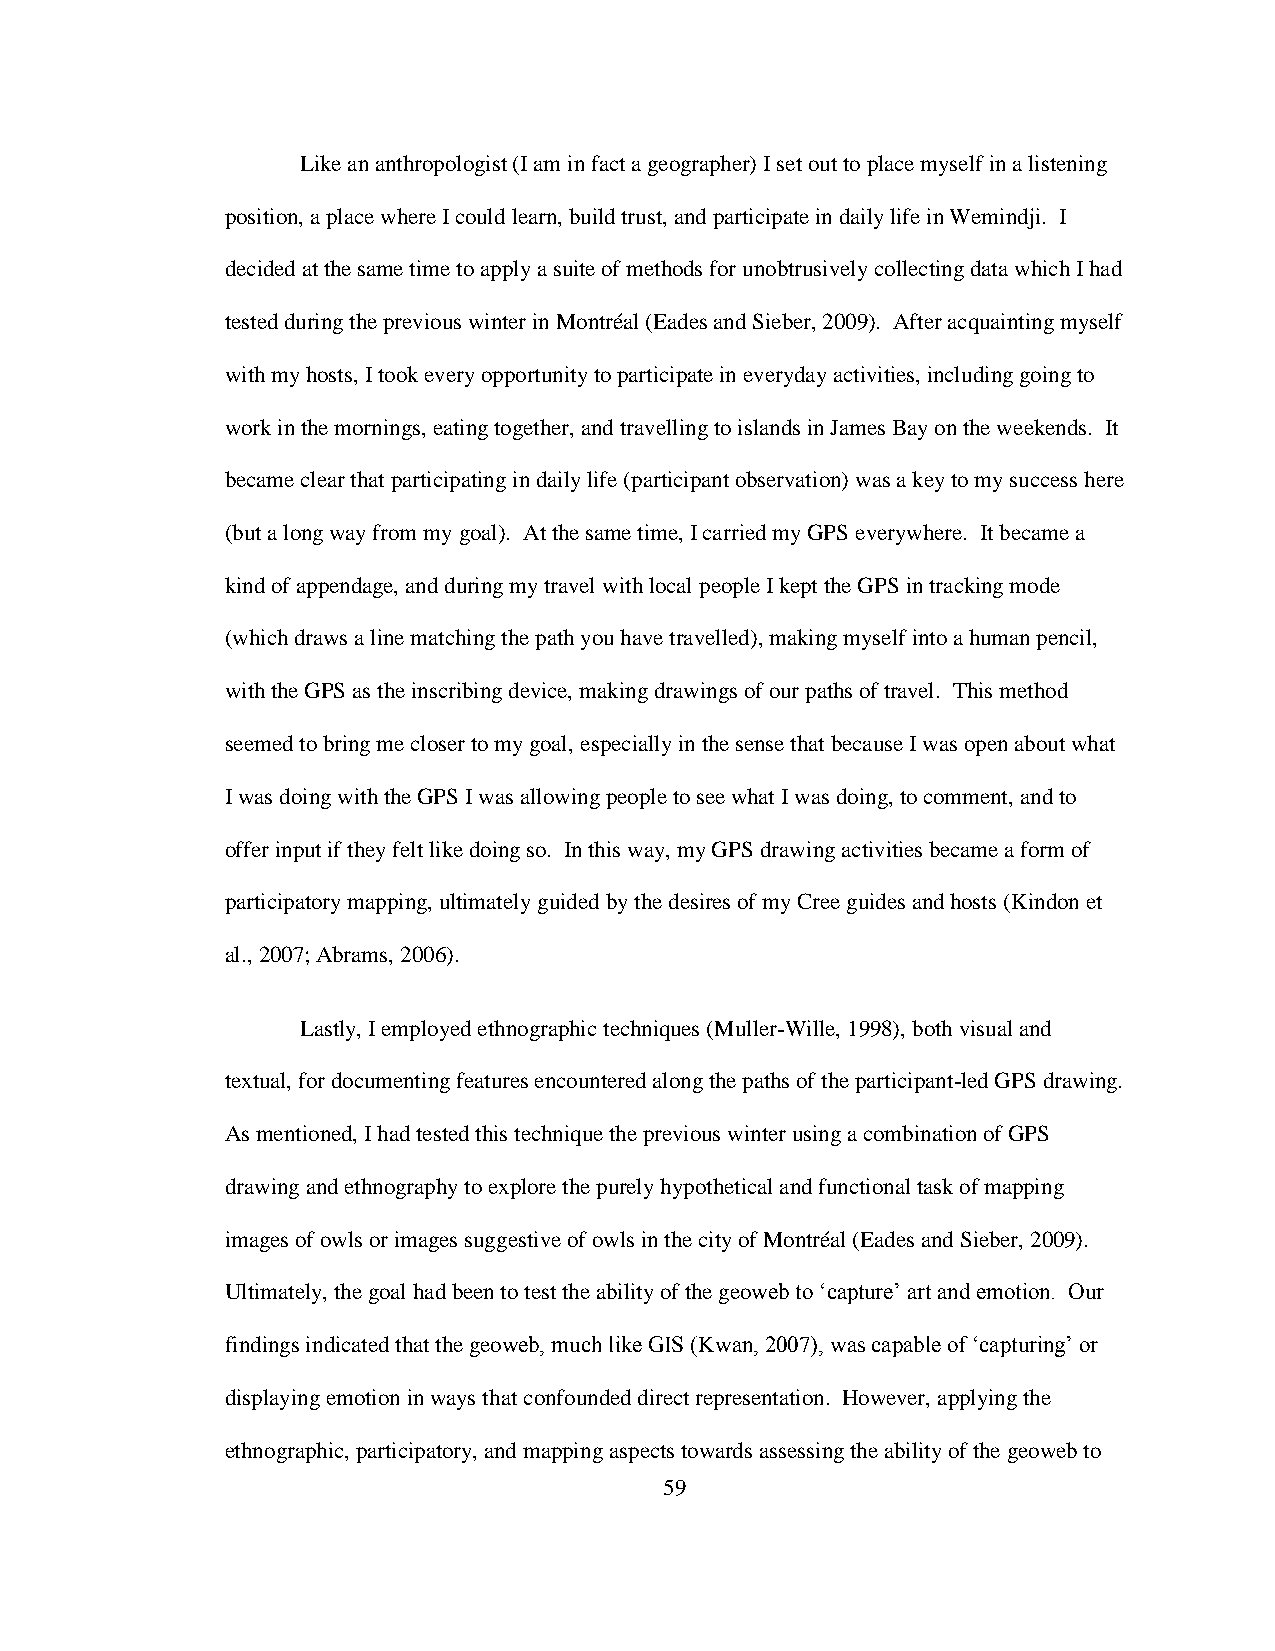
Like an anthropologist (I am in fact a geographer) I set out to place myself in a listening
 position, a place where I could learn, build trust, and participate in daily life in Wemindji. I
 decided at the same time to apply a suite of methods for unobtrusively collecting data which I had
 tested during the previous winter in Montréal (Eades and Sieber, 2009). After acquainting myself
 with my hosts, I took every opportunity to participate in everyday activities, including going to
 work in the mornings, eating together, and travelling to islands in James Bay on the weekends. It
 became clear that participating in daily life (participant observation) was a key to my success here
 (but a long way from my goal). At the same time, I carried my GPS everywhere. It became a
 kind of appendage, and during my travel with local people I kept the GPS in tracking mode
 (which draws a line matching the path you have travelled), making myself into a human pencil,
 with the GPS as the inscribing device, making drawings of our paths of travel. This method
 seemed to bring me closer to my goal, especially in the sense that because I was open about what
 I was doing with the GPS I was allowing people to see what I was doing, to comment, and to
 offer input if they felt like doing so. In this way, my GPS drawing activities became a form of
 participatory mapping, ultimately guided by the desires of my Cree guides and hosts (Kindon et
 al., 2007; Abrams, 2006).
 Lastly, I employed ethnographic techniques (Muller-Wille, 1998), both visual and
 textual, for documenting features encountered along the paths of the participant-led GPS drawing.
 As mentioned, I had tested this technique the previous winter using a combination of GPS
 drawing and ethnography to explore the purely hypothetical and functional task of mapping
 images of owls or images suggestive of owls in the city of Montréal (Eades and Sieber, 2009).
 Ultimately, the goal had been to test the ability of the geoweb to „capture‟ art and emotion. Our
 findings indicated that the geoweb, much like GIS (Kwan, 2007), was capable of „capturing‟ or
 displaying emotion in ways that confounded direct representation. However, applying the
 ethnographic, participatory, and mapping aspects towards assessing the ability of the geoweb to
 59